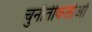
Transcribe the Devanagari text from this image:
चुनौतीकर्ताओं